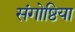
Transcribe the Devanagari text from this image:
संगोष्ठिया